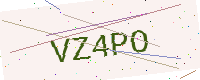
Text: VZ4PO